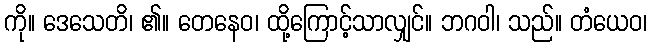
ကို။ ဒေသေတိ၊ ၏။ တေနေဝ၊ ထို့ကြောင့်သာလျှင်။ ဘဂဝါ၊ သည်။ တံယေဝ၊